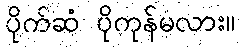
ပိုက်ဆံ ပိုကုန်မလား။